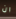
ان